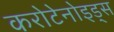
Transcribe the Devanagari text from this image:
करोटेनोइड्स